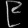
Digit: ၉